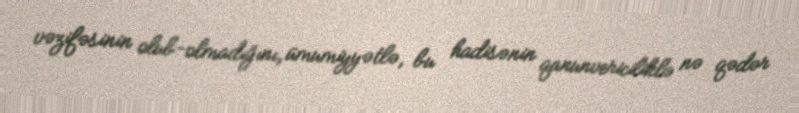
vəzifəsinin olub-olmadığını, ümumiyyətlə, bu hadisənin qanunvericiliklə nə qədər